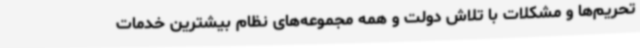
تحریم‌ها و مشکلات با تلاش دولت و همه مجموعه‌های نظام بیشترین خدمات